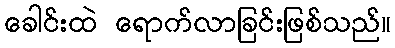
ခေါင်းထဲ ရောက်လာခြင်းဖြစ်သည်။